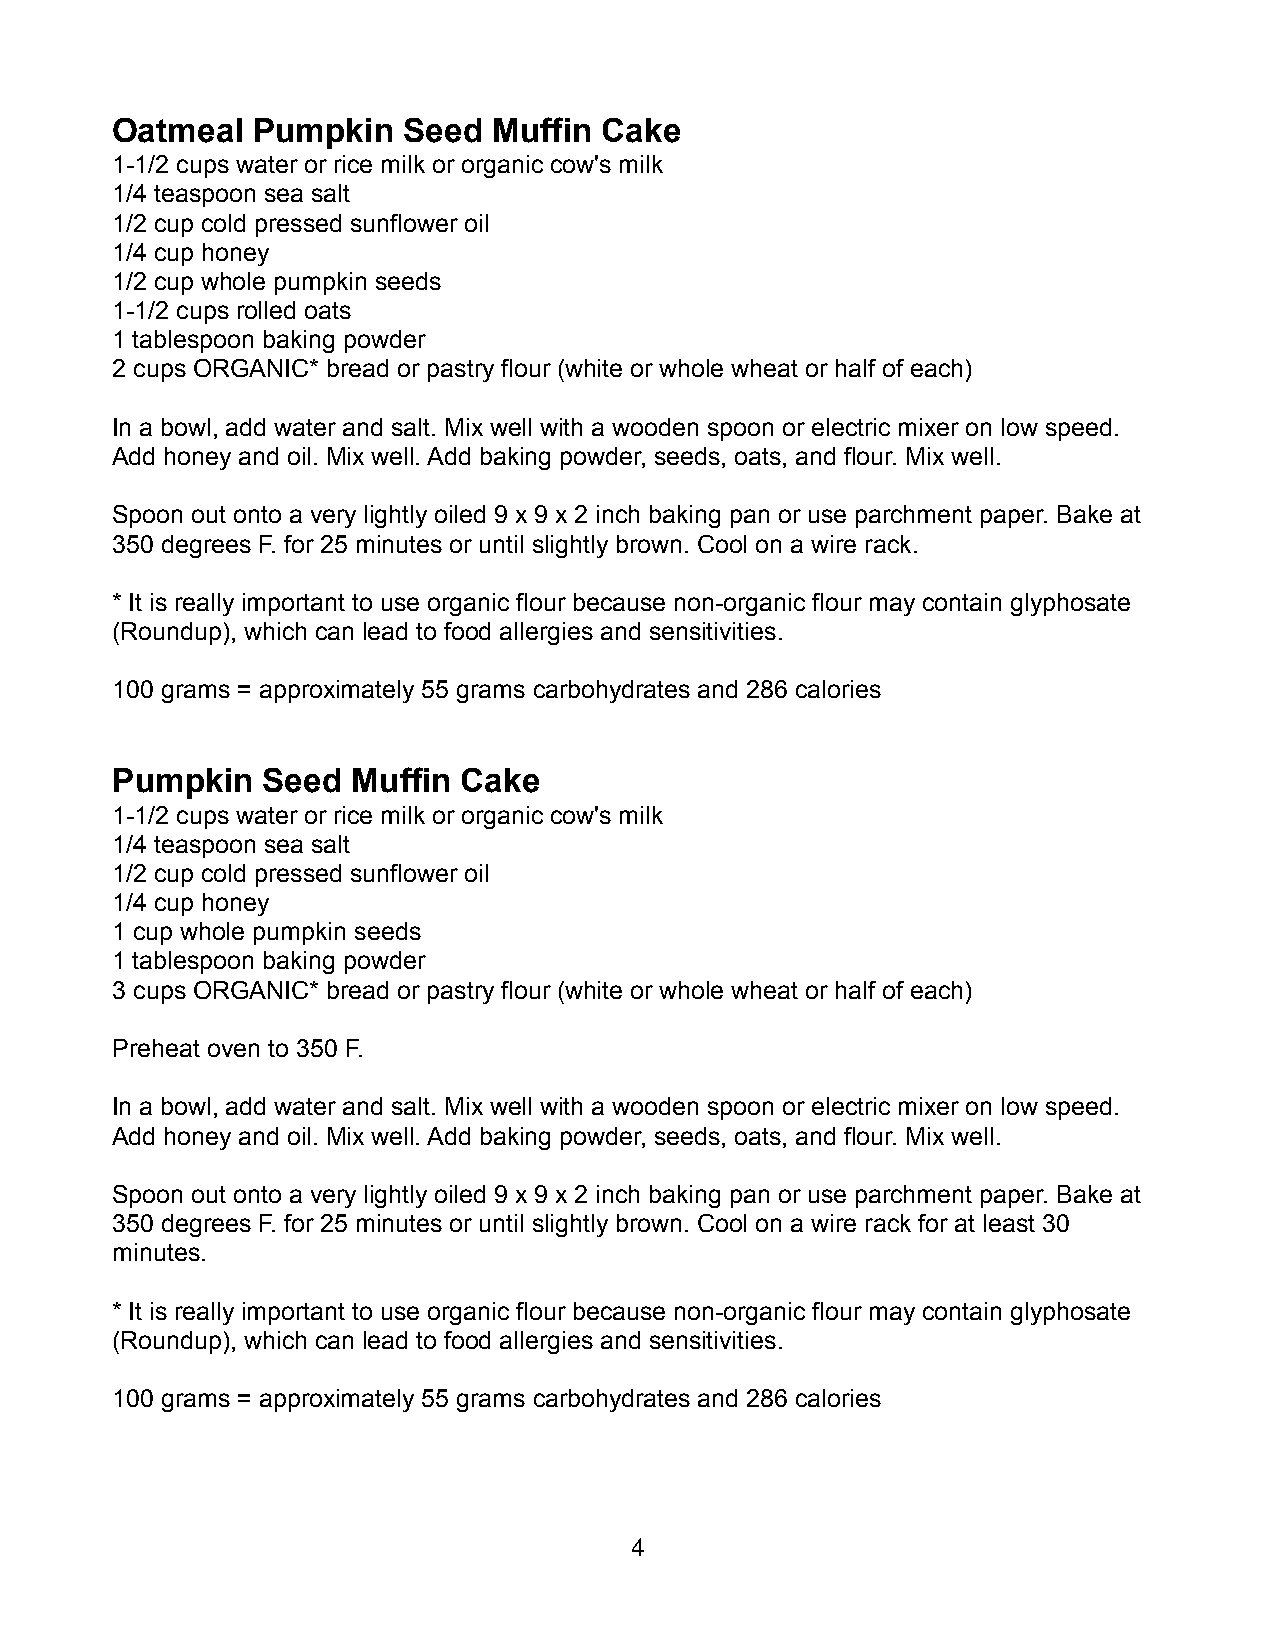
Oatmeal   Pumpkin   Seed  Muffin Cake
 1-1/2 cups water or rice milk or organic cow's milk
 1/4 teaspoon sea salt
 1/2 cup cold pressed sunflower oil
 1/4 cup honey
 1/2 cup whole pumpkin seeds
 1-1/2 cups rolled oats
 1 tablespoon baking powder
 2 cups ORGANIC* bread or pastry flour (white or whole wheat or half of each)
 In a bowl, add water and salt. Mix well with a wooden spoon or electric mixer on low speed.
 Add honey and oil. Mix well. Add baking powder, seeds, oats, and flour. Mix well.
 Spoon out onto a very lightly oiled 9 x 9 x 2 inch baking pan or use parchment paper. Bake at
 350 degrees F. for 25 minutes or until slightly brown. Cool on a wire rack.
 * It is really important to use organic flour because non-organic flour may contain glyphosate
 (Roundup), which can lead to food allergies and sensitivities.
 100 grams = approximately 55 grams carbohydrates and 286 calories
 Pumpkin   Seed  Muffin Cake
 1-1/2 cups water or rice milk or organic cow's milk
 1/4 teaspoon sea salt
 1/2 cup cold pressed sunflower oil
 1/4 cup honey
 1 cup whole pumpkin seeds
 1 tablespoon baking powder
 3 cups ORGANIC* bread or pastry flour (white or whole wheat or half of each)
 Preheat oven to 350 F.
 In a bowl, add water and salt. Mix well with a wooden spoon or electric mixer on low speed.
 Add honey and oil. Mix well. Add baking powder, seeds, oats, and flour. Mix well.
 Spoon out onto a very lightly oiled 9 x 9 x 2 inch baking pan or use parchment paper. Bake at
 350 degrees F. for 25 minutes or until slightly brown. Cool on a wire rack for at least 30
 minutes.
 * It is really important to use organic flour because non-organic flour may contain glyphosate
 (Roundup), which can lead to food allergies and sensitivities.
 100 grams = approximately 55 grams carbohydrates and 286 calories
 4